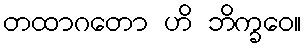
တထာဂတော ဟိ ဘိက္ခဝေ။